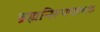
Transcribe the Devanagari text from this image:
ब्रह्मनिरूपणात्मक